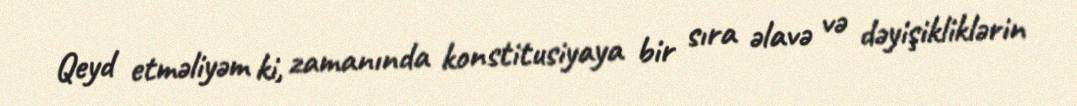
Qeyd etməliyəm ki, zamanında konstitusiyaya bir sıra əlavə və dəyişikliklərin